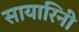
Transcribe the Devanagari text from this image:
सायारिनी